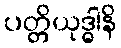
ပတ္တိယုဒ္ဓါနိ